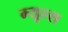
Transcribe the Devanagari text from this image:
म्यूल्स